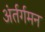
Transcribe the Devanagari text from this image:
अंर्तर्गमन